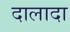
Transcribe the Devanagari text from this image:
दालादा